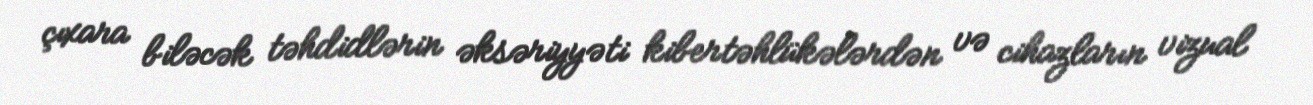
çıxara biləcək təhdidlərin əksəriyyəti kibertəhlükələrdən və cihazların vizual